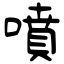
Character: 噴